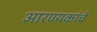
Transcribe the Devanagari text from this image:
आरण्यकांचे